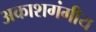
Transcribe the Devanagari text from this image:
अकाशगंगीय